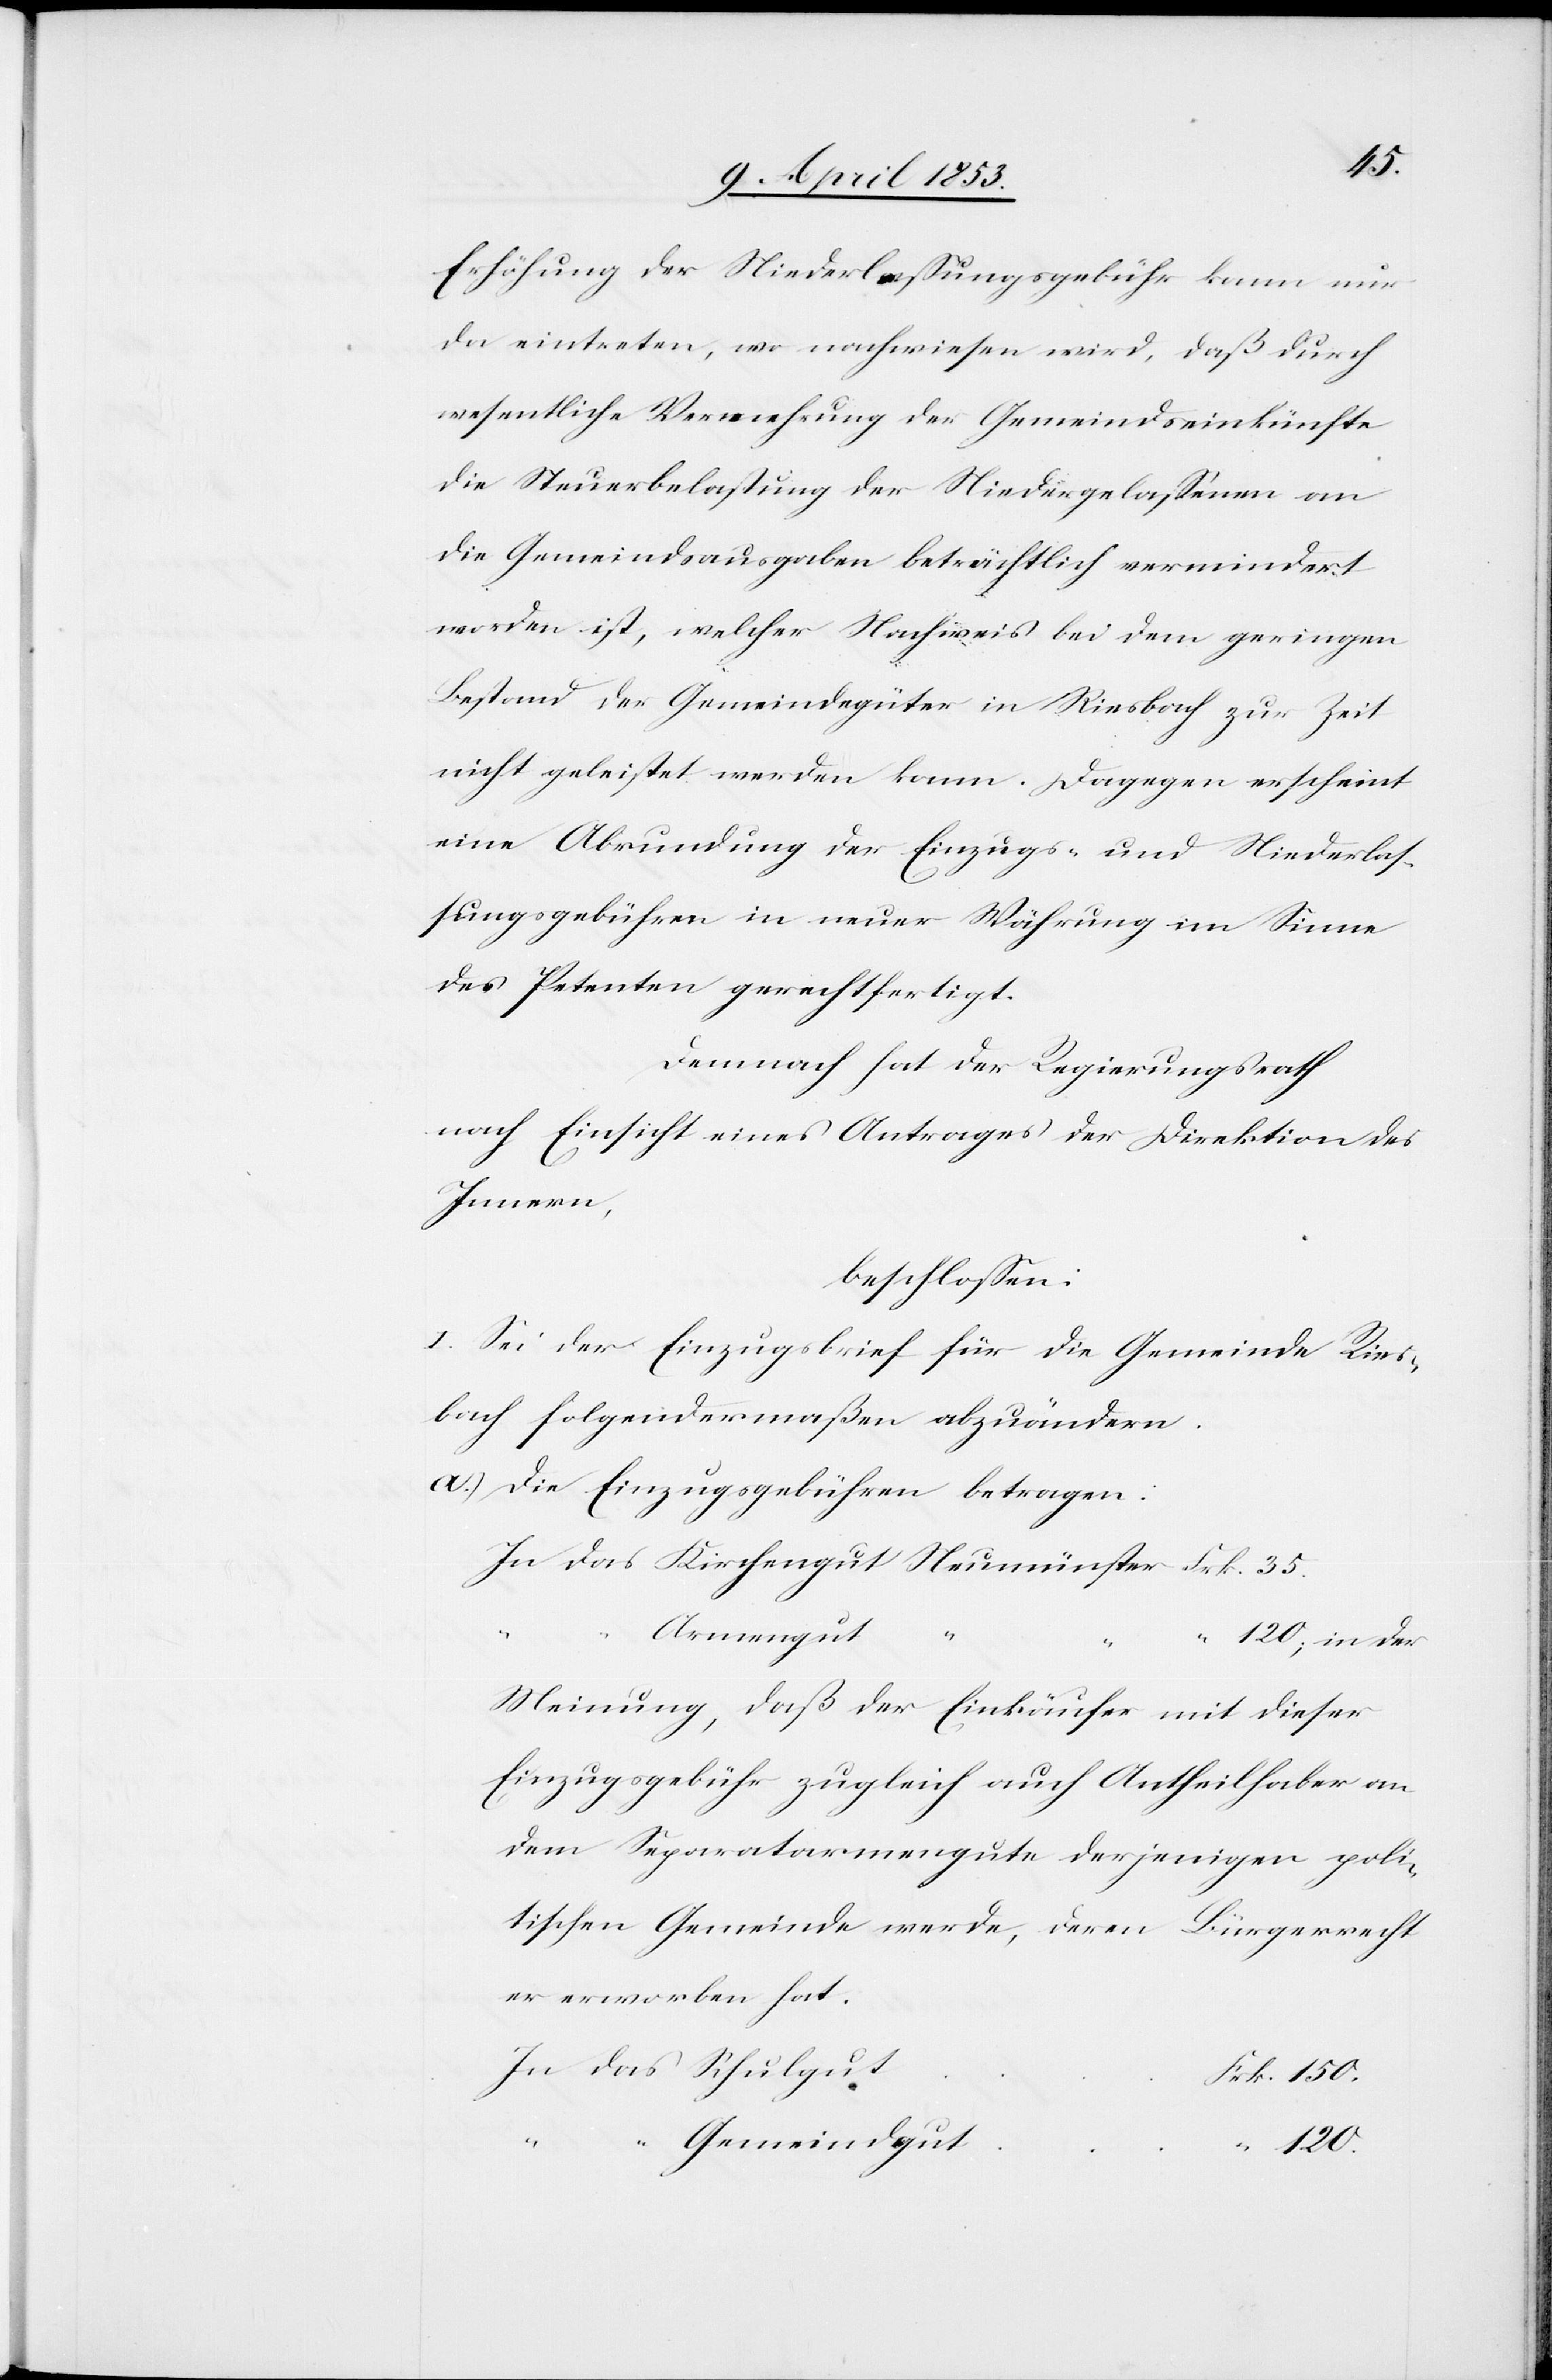
Erhöhung der Niederlaßungsgebühr kann nur
da eintreten, wo nach[ge]wiesen wird, daß durch
wesentliche Vermehrung der Gemeindseinkünfte
die Steuerbelastung der Niedergelaßenen an
die Gemeindsausgaben beträchtlich vermindert
worden ist, welcher Nachweis bei dem geringen
Bestand der Gemeindgüter in Riesbach zur Zeit
nicht geleistet werden kann. Dagegen erscheint
eine Abrundung der Einzugs- und Niederlaß¬
ungsgebühren in neuer Währung im Sinne
des Petenten gerechtfertigt.
Demnach hat der Regierungsrath
nach Einsicht eines Antrages der Direktion des
Innern,
beschloßen:
I. Sei der Einzugsbrief für die Gemeinde Ries¬
bach folgendermaßen abzuändern.
a.) Die Einzugsgebühren betragen:
In das Kirchengut Neumünster Frk. 35.
120; in der
Meinung, daß der Einkäufer mit dieser
Einzugsgebühr zugleich auch Antheilhaber an
dem Reparaturgute derjenigen poli¬
tischen Gemeinde werde, deren Bürgerrecht
er erworben hat.
das
120.